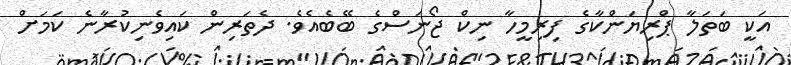
އަކީ ބަތަލާ ޕްރިޔަންކާގެ ފިރިމީހާ ނިކް ޖޯނަސްގެ ބޭބެއެވެ. ދެތަރިން ކައިވެނިކުރާނެ ކަމަށް